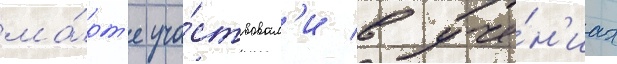
ма́рт'е уча́ствовал'и в уче́н'иах